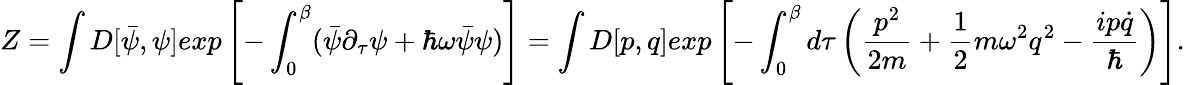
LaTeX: Z=\int D[\bar{\psi},\psi]exp\left[-\int_{0}^{\beta}(\bar{\psi}\partial_{\tau}\psi+\hbar\omega\bar{\psi}\psi)\right]=\int D[p,q]exp\left[-\int_{0}^{\beta}d\tau\left(\frac{p^{2}}{2m}+\frac{1}{2}m\omega^{2}q^{2}-\frac{ip\dot{q}}{\hbar}\right)\right].